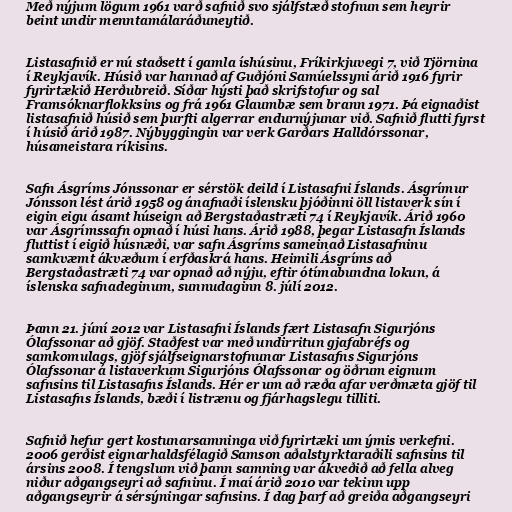
Með nýjum lögum 1961 varð safnið svo sjálfstæð stofnun sem heyrir
beint undir menntamálaráðuneytið.

Listasafnið er nú staðsett í gamla íshúsinu, Fríkirkjuvegi 7, við Tjörnina
í Reykjavík. Húsið var hannað af Guðjóni Samúelssyni árið 1916 fyrir
fyrirtækið Herðubreið. Síðar hýsti það skrifstofur og sal
Framsóknarflokksins og frá 1961 Glaumbæ sem brann 1971. Þá eignaðist
listasafnið húsið sem þurfti algerrar endurnýjunar við. Safnið flutti fyrst
í húsið árið 1987. Nýbyggingin var verk Garðars Halldórssonar,
húsameistara ríkisins.

Safn Ásgríms Jónssonar er sérstök deild í Listasafni Íslands. Ásgrímur
Jónsson lést árið 1958 og ánafnaði íslensku þjóðinni öll listaverk sín í
eigin eigu ásamt húseign að Bergstaðastræti 74 í Reykjavík. Árið 1960
var Ásgrímssafn opnað í húsi hans. Árið 1988, þegar Listasafn Íslands
fluttist í eigið húsnæði, var safn Ásgríms sameinað Listasafninu
samkvæmt ákvæðum í erfðaskrá hans. Heimili Ásgríms að
Bergstaðastræti 74 var opnað að nýju, eftir ótímabundna lokun, á
íslenska safnadeginum, sunnudaginn 8. júlí 2012.

Þann 21. júní 2012 var Listasafni Íslands fært Listasafn Sigurjóns
Ólafssonar að gjöf. Staðfest var með undirritun gjafabréfs og
samkomulags, gjöf sjálfseignarstofnunar Listasafns Sigurjóns
Ólafssonar á listaverkum Sigurjóns Ólafssonar og öðrum eignum
safnsins til Listasafns Íslands. Hér er um að ræða afar verðmæta gjöf til
Listasafns Íslands, bæði í listrænu og fjárhagslegu tilliti.

Safnið hefur gert kostunarsamninga við fyrirtæki um ýmis verkefni.
2006 gerðist eignarhaldsfélagið Samson aðalstyrktaraðili safnsins til
ársins 2008. Í tengslum við þann samning var ákveðið að fella alveg
niður aðgangseyri að safninu. Í maí árið 2010 var tekinn upp
aðgangseyrir á sérsýningar safnsins. Í dag þarf að greiða aðgangseyri